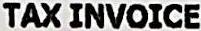
TAX INVOICE